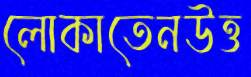
লোকাতেনউত্ত